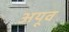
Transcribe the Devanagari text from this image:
अयूव